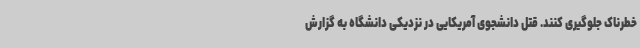
خطرناک جلوگیری کنند. قتل دانشجوی آمریکایی در نزدیکی دانشگاه به گزارش